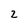
Character: 2